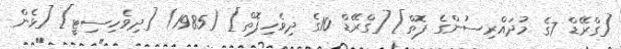
[ގްރޭޑް 7ގެ މުދައްރިސުންގެ ފޮތް] [ގްރޭޑް 10ގެ ދިވެހިފޮތް] (1985) [ދިވެހިސިޓީ] [ޅެން